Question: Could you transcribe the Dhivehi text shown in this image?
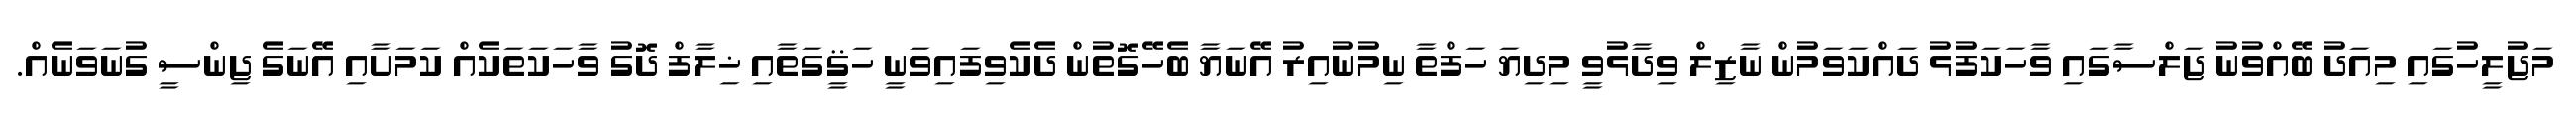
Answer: މަޖުލީހުގައި މިއަދު ބޭއްވުނު ޖަލްސާގައި ވާހަކަފުޅު ދައްކަވަމުން ނާޒިލް ވިދާޅުވީ މިދިޔަ ހަފްތާ ނިމުނުއިރު އޭނަޔާ ބެހޭގޮތުން ދެކެވިފައިވަނީ ހަޤީގަތާއި ޚިލާފް ދޮގު ވާހަކަތަކެއް ކަމަށާއި އޭނަގެ ޖިންސީ ގުނަވަނެއް.